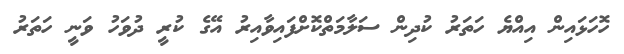
ހޮހަޅައިން އިއްޔެ ހަތަރު ކުދިން ސަލާމަތްކޮށްފައިވާއިރު އޭގެ ކުރީ ދުވަހު ވަނީ ހަތަރު